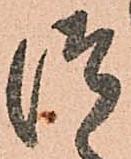
つ